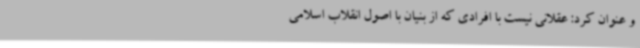
و عنوان کرد: عقلانی نیست با افرادی که از بنیان با اصول انقلاب اسلامی